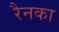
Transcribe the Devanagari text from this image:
रैनका